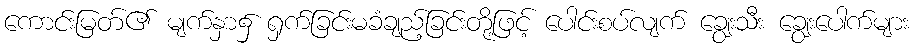
ကောင်းမြတ်၏ မျက်နှာ၌ ရှက်ခြင်းမခံချည့်ခြင်းတို့ဖြင့် ပေါင်းစပ်လျက် ချွေးသီး ချွေးပေါက်များ